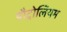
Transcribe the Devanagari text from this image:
पौट्रोलियम